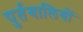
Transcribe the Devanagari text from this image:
पुर्तगालियोें